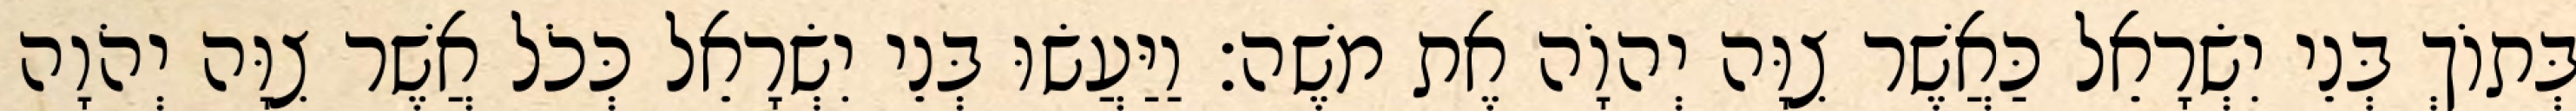
בְּתוֹךְ בְּנֵי יִשְׂרָאֵל כַּאֲשֶׁר צִוָּה יְהוָֹה אֶת משֶׁה׃ וַיַּעֲשׂוּ בְּנֵי יִשְׂרָאֵל כְּכֹל אֲשֶׁר צִוָּה יְהֹוָה